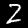
Digit: 2